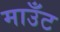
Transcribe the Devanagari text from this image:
माउँट